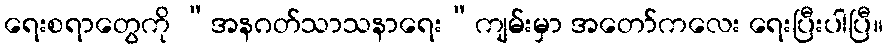
ရေးစရာတွေကို “အနဂတ်သာသနာရေး”ကျမ်းမှာ အတော်ကလေး ရေးပြီးပါပြီ။